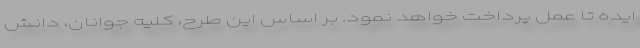
ایده تا عمل پرداخت خواهد نمود. بر اساس این طرح، کلیه جوانان، دانش